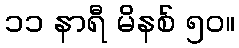
၁၁ နာရီ မိနစ် ၅၀။